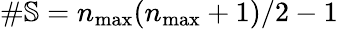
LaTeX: \# \mathbb{S}=n_{\operatorname*{max}}(n_{\operatorname*{max}}+1)/2-1